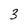
Character: 3